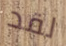
لقد